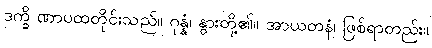
ဒက္ခိ ဏာပထတိုင်းသည်။ ဂုန္နံ၊ နွားတို့၏။ အာယတနံ၊ ဖြစ်ရာတည်း။